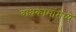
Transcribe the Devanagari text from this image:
बांधकामांमध्ये